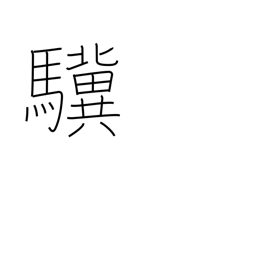
Meaning: talent